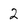
Character: 2